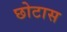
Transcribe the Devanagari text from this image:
छोटास